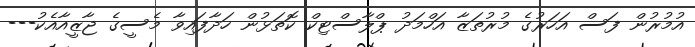
އުމުރުން ފަސް އަހަރުގެ މުރުތަޒާ އަހްމަދު ޕްލާސްޓިކް ކޮތަޅުން ހަދާފައިވާ މެސީގެ ޖާޒީއާއެކު---